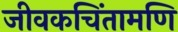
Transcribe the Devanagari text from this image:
जीवकचिंतामणि